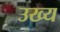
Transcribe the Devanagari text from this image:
उख्य